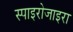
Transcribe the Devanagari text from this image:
स्पाइरोजाइरा